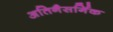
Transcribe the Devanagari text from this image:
अतिनैसर्गिक